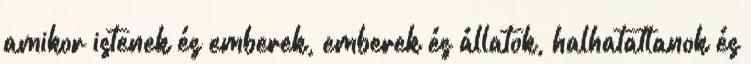
amikor istenek és emberek, emberek és állatok, halhatatlanok és